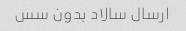
ارسال سالاد بدون سس